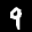
Label: 9